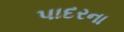
પાદરના